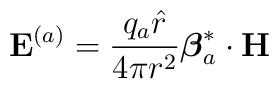
{\bf E}^{(a)} =  \frac{q_a{\hat r}}{ 4\pi r^2 }  {{\mbox{\boldmath $\beta$}}_a^*}\cdot {\bf H }